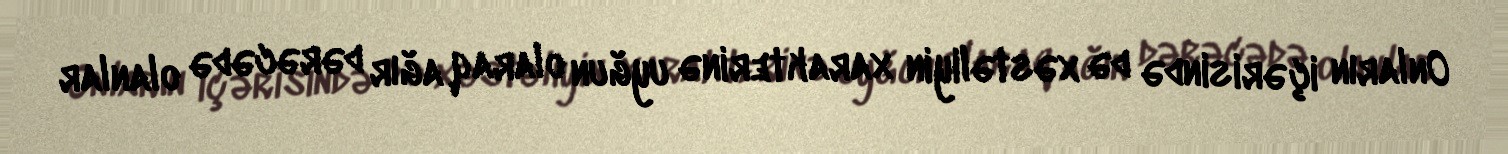
Onların içərisində də xəstəliyin xarakterinə uyğun olaraq ağır dərəcədə olanlar